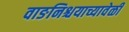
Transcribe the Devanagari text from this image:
वाङनिश्चयाच्यावेळी